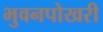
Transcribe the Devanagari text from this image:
भुवनपोखरी